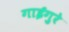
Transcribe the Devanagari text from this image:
गाईगुरे